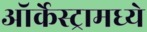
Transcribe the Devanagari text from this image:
ऑर्केस्ट्रामध्ये